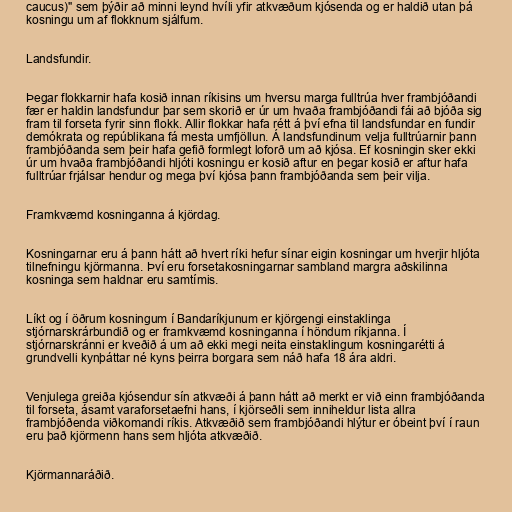
caucus)" sem þýðir að minni leynd hvíli yfir atkvæðum kjósenda og er haldið utan þá
kosningu um af flokknum sjálfum.

Landsfundir.

Þegar flokkarnir hafa kosið innan ríkisins um hversu marga fulltrúa hver frambjóðandi
fær er haldin landsfundur þar sem skorið er úr um hvaða frambjóðandi fái að bjóða sig
fram til forseta fyrir sinn flokk. Allir flokkar hafa rétt á því efna til landsfundar en fundir
demókrata og repúblikana fá mesta umfjöllun. Á landsfundinum velja fulltrúarnir þann
frambjóðanda sem þeir hafa gefið formlegt loforð um að kjósa. Ef kosningin sker ekki
úr um hvaða frambjóðandi hljóti kosningu er kosið aftur en þegar kosið er aftur hafa
fulltrúar frjálsar hendur og mega því kjósa þann frambjóðanda sem þeir vilja.

Framkvæmd kosninganna á kjördag.

Kosningarnar eru á þann hátt að hvert ríki hefur sínar eigin kosningar um hverjir hljóta
tilnefningu kjörmanna. Því eru forsetakosningarnar sambland margra aðskilinna
kosninga sem haldnar eru samtímis.

Líkt og í öðrum kosningum í Bandaríkjunum er kjörgengi einstaklinga
stjórnarskrárbundið og er framkvæmd kosninganna í höndum ríkjanna. Í
stjórnarskránni er kveðið á um að ekki megi neita einstaklingum kosningarétti á
grundvelli kynþáttar né kyns þeirra borgara sem náð hafa 18 ára aldri.

Venjulega greiða kjósendur sín atkvæði á þann hátt að merkt er við einn frambjóðanda
til forseta, ásamt varaforsetaefni hans, í kjörseðli sem inniheldur lista allra
frambjóðenda viðkomandi ríkis. Atkvæðið sem frambjóðandi hlýtur er óbeint því í raun
eru það kjörmenn hans sem hljóta atkvæðið.

Kjörmannaráðið.